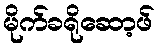
မိုက်ခရိုဆော့ဖ်